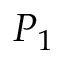
P _ { 1 }